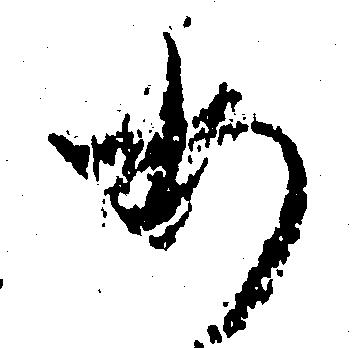
あ